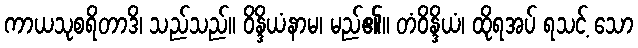
ကာယသုစရိတာဒိ၊ သည်သည်။ ဝိန္ဒိယံနာမ၊ မည်၏။ တံဝိန္ဒိယံ၊ ထိုရအပ် ရသင့် သော